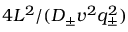
4 L ^ { 2 } / ( D _ { \pm } v ^ { 2 } q _ { \pm } ^ { 2 } )